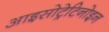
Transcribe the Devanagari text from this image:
आइसोट्रेटिनोइन